Vaccination in Bombay 1913-1923 - 1913-1923
Year: 1913
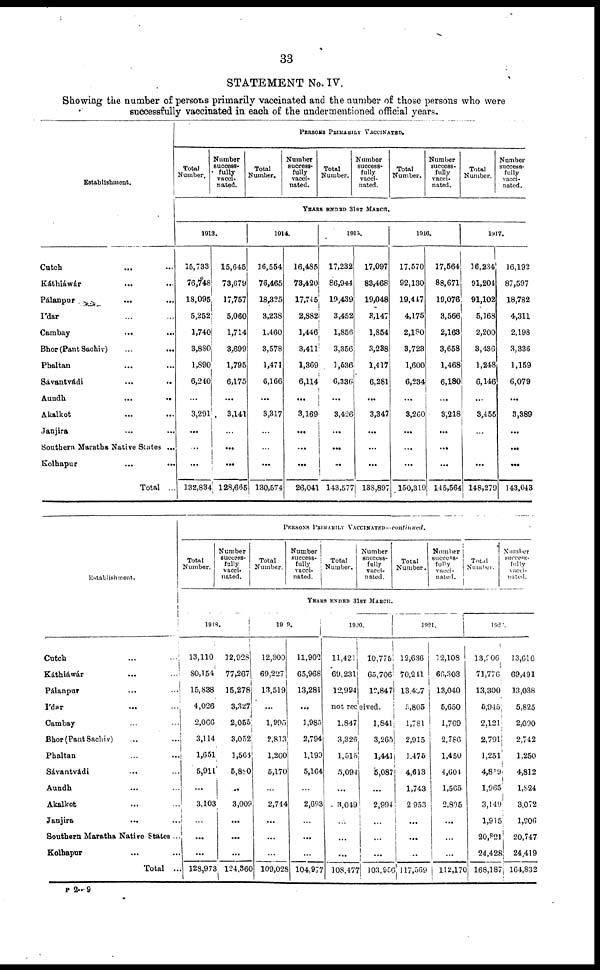
33
STATEMENT No. IV.
Showing the number of persons primarily vaccinated and the number of those persons who were
successfully vaccinated in each of the undermentioned official years.
Establishment.
Cutch ... ...
Káthiáwár ... ...
Pálanpur ... ...
Ídar ... ...
Cambay
... ...
Bhor (Pant Sachiv) ... ...
Phaltan ... ...
Sávantvádi
...
...
Aundh
...
...
Akalkot
...
...
Janjira ... ...
Southern Maratha Native States ...
Kolhapur
...
...
Total ...
PERSONS PRIMARILY VACCINATED.
Total
Number.
Number
success-
fully
vacci-
nated.
Total
Number.
Number
success-
fully
vacci-
nated.
Total
Number.
Number
success-
fully
vacci-
nated.
Total
Number.
Number
success-
fully
vacci-
nated.
Total
Number.
Number
success-
fully
vacci-
nated.
YEARS ENDED 31ST MARCH.
1913.
15,733
76,748
18,095
5,252
1,740
3,880
1,890
6,240
...
3,291
...
...
...
132,834
15,645
73,679
17,757
5,060
1,714
3,699
1,795
6,175
...
3,141
...
...
...
128,665
1014.
16,554
76,465
18,325
3,238
1,460
3,578
1,471
6,166
...
3,317
...
...
...
130,574
16,485
73,420
17,745
2,882
1,446
3,411
1,369
6,114
...
3,169
...
...
...
26,041
1915.
17,232
86,944
19,439
3,452
1,856
3,356
1 ,536
6,336
...
3,426
...
...
...
143,577
17,097
83,468
19,048
3,147
1,854
3,238
1,417
6,281
...
3,347
...
...
...
138,897
1916.
17,570
92,130
19,447
4,175
2,180
3,723
1,600
6,234
...
3,260
...
...
...
150,319
17,564
88,671
19,076
3,566
2,163
3,658
1,468
6,180
...
3,218
...
...
...
145,564
1917.
16,234
91,204
91,102
5,168
2,200
3,436
1,248
6,146
...
8,455
...
...
...
148,279
16,192
87,597
18,782
4,311
2,198
3,336
1,159
6,079
...
3,389
...
...
...
143,043
Establishment.
Cutch ... ...
Káthiáwár ... ...
Pálanpur ... ...
Ídar ... ...
Cambay ... ...
Bhor (Pant Sachiv) ... ...
Phaltan ... ...
Sávantvádi ... ...
Aundh ... ...
Akalkot ... ...
Janjira ... ...
Southern Maratha Native States ..
Kolhapur ... ...
Total ...
PERSONS PRIMARILY VACCINATED —
continued.
Total
Number.
Number
success-
fully
vacci-
nated.
Total
Number.
Number
success-
fully
vacci-
nated.
Total
Number.
Number
success-
fully
vacci-
nated.
Total
Number.
Number
success-
fully
vacci-
nated.
Total
Number.
Number
success-
fully
vacci-
nated.
YEARS ENDED 31ST MARCH.
1918.
13,110
80,154
15,838
4,026
2,066
3,114
1,651
5,911
...
3,103
...
...
...
128,973
12,928
77,267
15,278
3,327
2,055
3,052
1,564
5,800
...
3,009
...
...
...
124,360
1919.
12,300
69,227
13,519
...
1,995
2,813
1,260
5,170
...
2,744
...
...
...
109,028
11,902
65,968
13,281
...
1,985
2,794
1,190
5,164
...
2,693
...
...
...
104,977
1920.
11,421
69,231
12,994
10,775
65,706
15,847
not received.
1,847
3,326
1,515
5,094
...
3,049
...
...
...
108,477
1,841
3,265
1,441
5,087
...
2,994
...
...
...
103,956
1921.
12,636
70,241
13,407
5,805
1,781
2,915
1,475
4,613
1,743
2,953
...
...
...
117,569
12,108
66,303
13,040
5,650
1,769
2,786
1,450
4,601
1,565
2,805
...
...
...
112,170
1922.
13,006
71,776
13,300
6,945
2,121
2,791
1,251
4,819
1,965
3,149
1,915
20,821
24,428
168,187
13,616
69,491
13,038
5,825
2,090
2,742
1,250
4,812
1,824
3,072
l,906
20,747
24,419
164,832
P 2—9